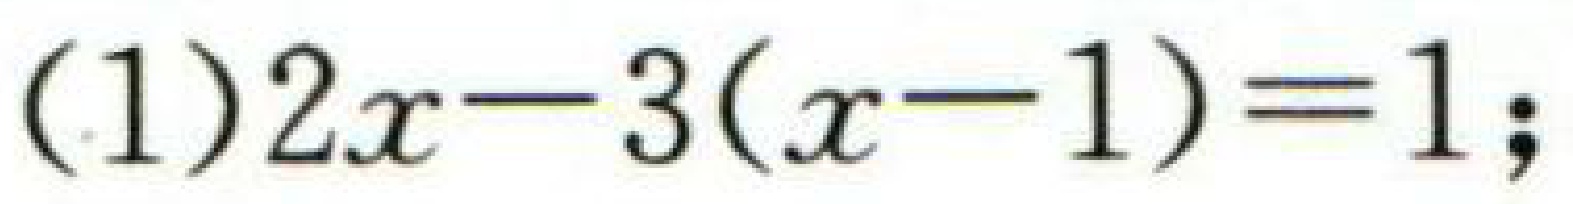
\((1)2x - 3(x - 1)==1;\)